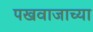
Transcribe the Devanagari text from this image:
पखवाजाच्या